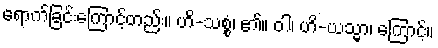
ရောက်ခြင်းကြောင့်တည်း။ ဟိ-သစ္စံ၊ ၏။ ဝါ၊ ဟိ-ယသ္မာ၊ ကြောင့်။